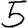
Digit: 5